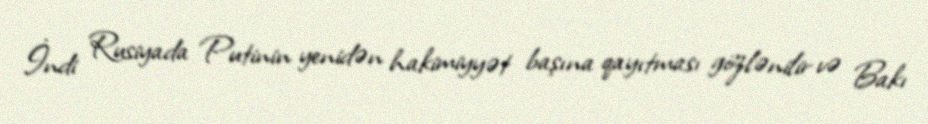
İndi Rusiyada Putinin yenidən hakimiyyət başına qayıtması gözlənilir və Bakı